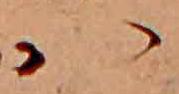
ハ